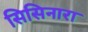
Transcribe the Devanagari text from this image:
सिसिनारा